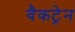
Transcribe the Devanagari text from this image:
वैकट्रेन